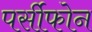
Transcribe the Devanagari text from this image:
पर्सीफोन